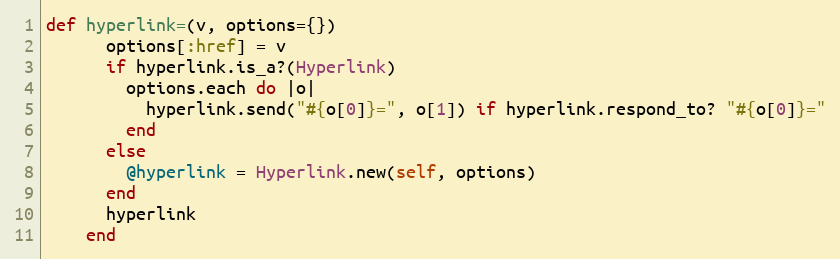
Language: Ruby
def hyperlink=(v, options={})
      options[:href] = v
      if hyperlink.is_a?(Hyperlink)
        options.each do |o|
          hyperlink.send("#{o[0]}=", o[1]) if hyperlink.respond_to? "#{o[0]}="
        end
      else
        @hyperlink = Hyperlink.new(self, options)
      end
      hyperlink
    end